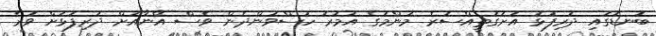
ބަނޑުގައި ދަރިފުޅު އަށަގަތީއްސުރެ މަންމަގެ އުމުރު ހުސްވަންދެން ވެސް އޭނާއަށް ދަރިފުޅަށް ވުރެ